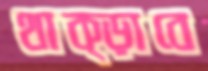
থাক্‌ড়াবে